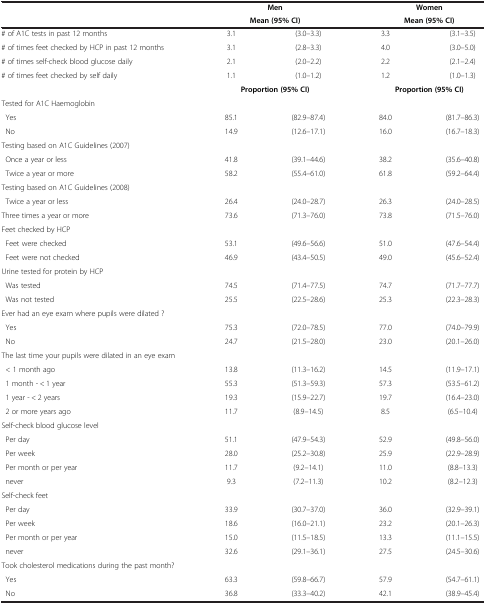
<table><thead><tr><td><b> </b></td><td colspan="2"><b>MenMean (95% CI)</b></td><td colspan="2"><b>WomenMean (95% CI)</b></td></tr></thead><tbody><tr><td># of A1C tests in past 12 months</td><td>3.1</td><td>(3.0–3.3)</td><td>3.3</td><td>(3.1–3.5)</td></tr><tr><td># of times feet checked by HCP in past 12 months</td><td>3.1</td><td>(2.8–3.3)</td><td>4.0</td><td>(3.0–5.0)</td></tr><tr><td># of times self-check blood glucose daily</td><td>2.1</td><td>(2.0–2.2)</td><td>2.2</td><td>(2.1–2.4)</td></tr><tr><td># of times feet checked by self daily</td><td>1.1</td><td>(1.0–1.2)</td><td>1.2</td><td>(1.0–1.3)</td></tr><tr><td> </td><td colspan="2"><b>Proportion (95% CI)</b></td><td colspan="2"><b>Proportion (95% CI)</b></td></tr><tr><td>Tested for A1C Haemoglobin</td><td> </td><td> </td><td> </td><td> </td></tr><tr><td> Yes</td><td>85.1</td><td>(82.9–87.4)</td><td>84.0</td><td>(81.7–86.3)</td></tr><tr><td> No</td><td>14.9</td><td>(12.6–17.1)</td><td>16.0</td><td>(16.7–18.3)</td></tr><tr><td>Testing based on A1C Guidelines (2007)</td><td> </td><td> </td><td> </td><td> </td></tr><tr><td> Once a year or less</td><td>41.8</td><td>(39.1–44.6)</td><td>38.2</td><td>(35.6–40.8)</td></tr><tr><td> Twice a year or more</td><td>58.2</td><td>(55.4–61.0)</td><td>61.8</td><td>(59.2–64.4)</td></tr><tr><td>Testing based on A1C Guidelines (2008)</td><td> </td><td> </td><td> </td><td> </td></tr><tr><td> Twice a year or less</td><td>26.4</td><td>(24.0–28.7)</td><td>26.3</td><td>(24.0–28.5)</td></tr><tr><td>Three times a year or more</td><td>73.6</td><td>(71.3–76.0)</td><td>73.8</td><td>(71.5–76.0)</td></tr><tr><td>Feet checked by HCP</td><td> </td><td> </td><td> </td><td> </td></tr><tr><td> Feet were checked</td><td>53.1</td><td>(49.6–56.6)</td><td>51.0</td><td>(47.6–54.4)</td></tr><tr><td> Feet were not checked</td><td>46.9</td><td>(43.4–50.5)</td><td>49.0</td><td>(45.6–52.4)</td></tr><tr><td>Urine tested for protein by HCP</td><td> </td><td> </td><td> </td><td> </td></tr><tr><td> Was tested</td><td>74.5</td><td>(71.4–77.5)</td><td>74.7</td><td>(71.7–77.7)</td></tr><tr><td> Was not tested</td><td>25.5</td><td>(22.5–28.6)</td><td>25.3</td><td>(22.3–28.3)</td></tr><tr><td>Ever had an eye exam where pupils were dilated ?</td><td> </td><td> </td><td> </td><td> </td></tr><tr><td> Yes</td><td>75.3</td><td>(72.0–78.5)</td><td>77.0</td><td>(74.0–79.9)</td></tr><tr><td> No</td><td>24.7</td><td>(21.5–28.0)</td><td>23.0</td><td>(20.1–26.0)</td></tr><tr><td>The last time your pupils were dilated in an eye exam</td><td> </td><td> </td><td> </td><td> </td></tr><tr><td> &lt; 1 month ago</td><td>13.8</td><td>(11.3–16.2)</td><td>14.5</td><td>(11.9–17.1)</td></tr><tr><td> 1 month - &lt; 1 year</td><td>55.3</td><td>(51.3–59.3)</td><td>57.3</td><td>(53.5–61.2)</td></tr><tr><td> 1 year - &lt; 2 years</td><td>19.3</td><td>(15.9–22.7)</td><td>19.7</td><td>(16.4–23.0)</td></tr><tr><td> 2 or more years ago</td><td>11.7</td><td>(8.9–14.5)</td><td>8.5</td><td>(6.5–10.4)</td></tr><tr><td>Self-check blood glucose level</td><td> </td><td> </td><td> </td><td> </td></tr><tr><td> Per day</td><td>51.1</td><td>(47.9–54.3)</td><td>52.9</td><td>(49.8–56.0)</td></tr><tr><td> Per week</td><td>28.0</td><td>(25.2–30.8)</td><td>25.9</td><td>(22.9–28.9)</td></tr><tr><td> Per month or per year</td><td>11.7</td><td>(9.2–14.1)</td><td>11.0</td><td>(8.8–13.3)</td></tr><tr><td> never</td><td>9.3</td><td>(7.2–11.3)</td><td>10.2</td><td>(8.2–12.3)</td></tr><tr><td>Self-check feet</td><td> </td><td> </td><td> </td><td> </td></tr><tr><td> Per day</td><td>33.9</td><td>(30.7–37.0)</td><td>36.0</td><td>(32.9–39.1)</td></tr><tr><td> Per week</td><td>18.6</td><td>(16.0–21.1)</td><td>23.2</td><td>(20.1–26.3)</td></tr><tr><td> Per month or per year</td><td>15.0</td><td>(11.5–18.5)</td><td>13.3</td><td>(11.1–15.5)</td></tr><tr><td> never</td><td>32.6</td><td>(29.1–36.1)</td><td>27.5</td><td>(24.5–30.6)</td></tr><tr><td>Took cholesterol medications during the past month?</td><td> </td><td> </td><td> </td><td> </td></tr><tr><td> Yes</td><td>63.3</td><td>(59.8–66.7)</td><td>57.9</td><td>(54.7–61.1)</td></tr><tr><td> No</td><td>36.8</td><td>(33.3–40.2)</td><td>42.1</td><td>(38.9–45.4)</td></tr></tbody></table>